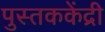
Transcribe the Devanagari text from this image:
पुस्तककेंद्री